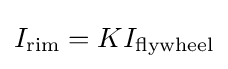
I_{\mathrm {rim} }=KI_{\mathrm {flywheel} }